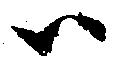
ハ